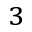
^ 3